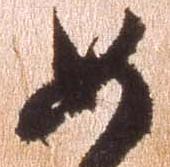
如